Report of cholera committee
Disease focus: Cholera
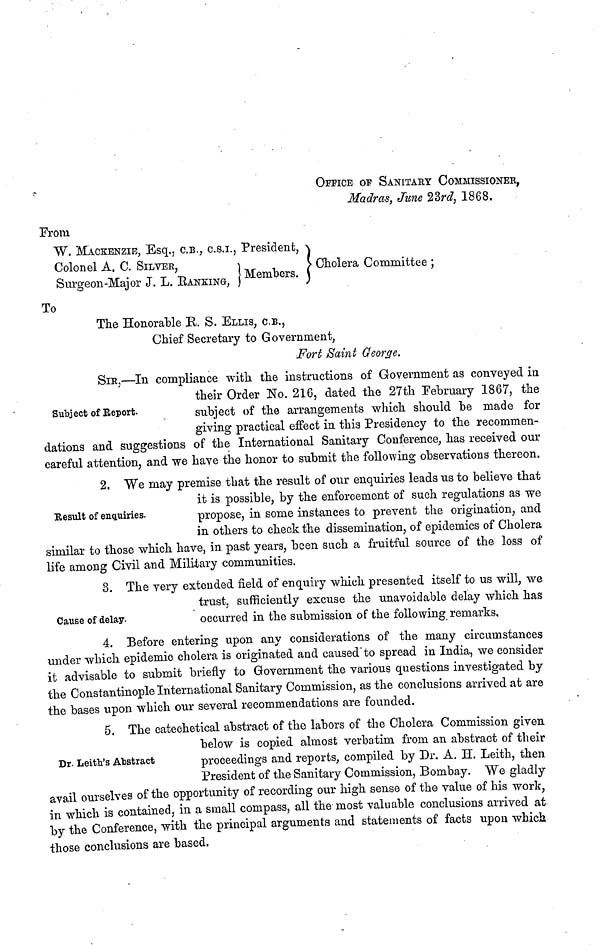
OFFICE OF SANITARY COMMISSIONER,
Madras, June 23rd, 1868.
From
W. MACKENZIE, Esq,, C.B., C.S.I., President,
Colonel A. C. SILVER,
V Cholera Committee ;
Surgeon-Major J. L. RANKING, Members.
To
The Honorable R. S. ELLIS, C.B.,
Chief Secretary to Government,
Fort Saint George.
SIR,—In compliance with the instructions of Government as conveyed in
their Order No. 216, dated the 27th February 1867, the
Subject of Report.
subject of the arrangements which should be made for
giving practical effect in this Presidency to the recommen-
dations and suggestions of the International Sanitary Conference, has received our
careful attention, and we have the honor to submit the following observations thereon.
2. We may premise that the result of our enquiries leads us to believe that
it is possible, by the enforcement of such regulations as we
Result of enquiries.
propose, in some instances to prevent the origination, and
in others to check the dissemination, of epidemics of Cholera
similar to those which have, in past years, been such a fruitful source of the loss of
life among Civil and Military communities.
3. The very extended field of enquiry which presented itself to us will, we
trust, sufficiently excuse the unavoidable delay which has
Cause of delay.
occurred in the submission of the following remarks,
4. Before entering upon any considerations of the many circumstances
under which epidemic cholera is originated and caused to spread in India, we consider
it advisable to submit briefly to Government the various questions investigated by
the Constantinople International Sanitary Commission, as the conclusions arrived at are
the bases upon which our several recommendations are founded.
5. The catechetical abstract of the labors of the Cholera Commission given
below is copied almost verbatim from an abstract of their
Dr. Leith's Abstract
proceedings and reports, compiled by Dr. A. H. Leith, then
President of the Sanitary Commission, Bombay. "We gladly
avail ourselves of the opportunity of recording our high sense of the value of his work,
in which is contained, in a small compass, all the most valuable conclusions arrived at
by the Conference, with the principal arguments and statements of facts upon which
those conclusions are based.